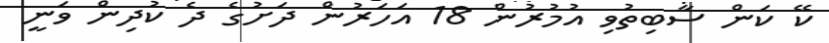
ކޭ ކަން ސާބިތުވި އުމުރުން 18 އަހަރުން ދަށުގެ ދެ ކުދިން ވަނީ